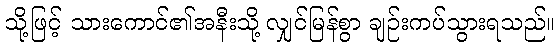
သို့ဖြင့် သားကောင်၏အနီးသို့ လျှင်မြန်စွာ ချဉ်းကပ်သွားရသည်။